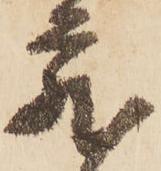
蔵